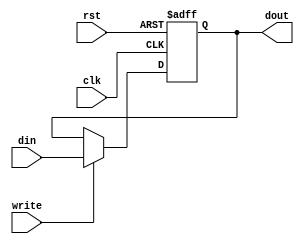
module reg_8_4(clk,rst,write,din,dout);

output [7:0] dout;
input  clk,rst,write;
input  [7:0] din;

reg [7:0] dout;

always @ (posedge clk or negedge rst)
	begin
		if(!rst)
			dout  <= 8'h88;
		else 
		  if(write)
					 dout<=din;
		  else 
					 dout<=dout;
	end

endmodule